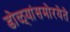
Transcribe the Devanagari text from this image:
डोळ्यांसमोरयेते